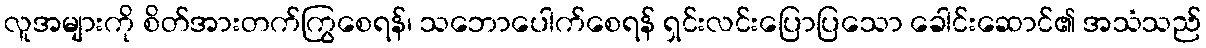
လူအများကို စိတ်အားတက်ကြွစေရန်၊ သဘောပေါက်စေရန် ရှင်းလင်းပြောပြသော ခေါင်းဆောင်၏ အသံသည်